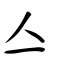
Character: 亼